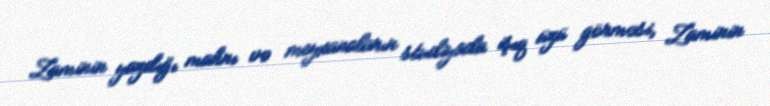
Zaminin yazdığı mahnı və meyxanaların studiyada işıq üzü görməsi, Zaminin